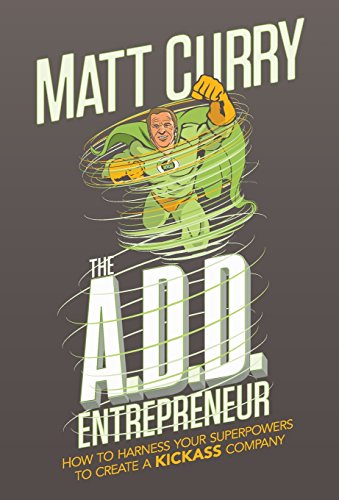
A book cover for The A.D.D Entrepreneur; Matt Curry; Health, Fitness & Dieting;